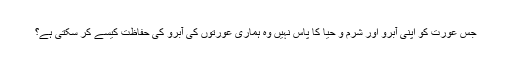
جس عورت کو اپنی آبرو اور شرم و حیا کا پاس نہیں وہ ہماری عورتوں کی آبرو کی حفاظت کیسے کر سکتی ہے؟